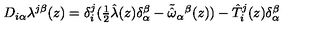
D _ { i \alpha } \lambda ^ { j \beta } ( z ) = \delta _ { i } ^ { j } ( \textstyle { \frac { 1 } { 2 } } \hat { \lambda } ( z ) \delta _ { \alpha } ^ { \beta } - \tilde { \hat { \omega } } _ { \alpha } { } ^ { \beta } ( z ) ) - \hat { T } _ { i } ^ { j } ( z ) \delta _ { \alpha } ^ { \beta }